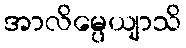
အာလိမ္ပေယျာသိ